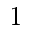
1